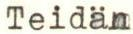
Teidän